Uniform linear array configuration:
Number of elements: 16
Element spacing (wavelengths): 0.5
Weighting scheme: hann
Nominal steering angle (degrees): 60
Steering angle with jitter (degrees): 60.776
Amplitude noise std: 0.05
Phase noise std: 0.05

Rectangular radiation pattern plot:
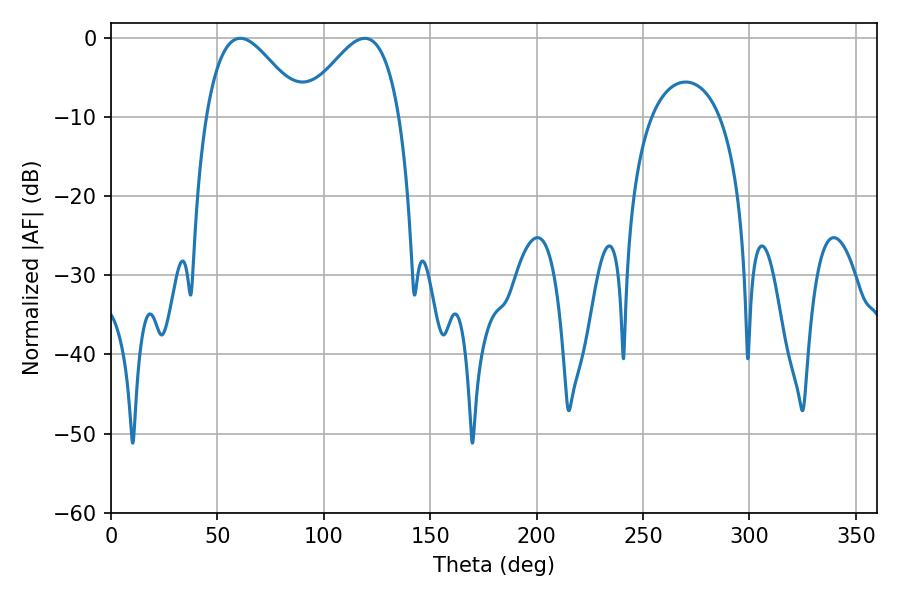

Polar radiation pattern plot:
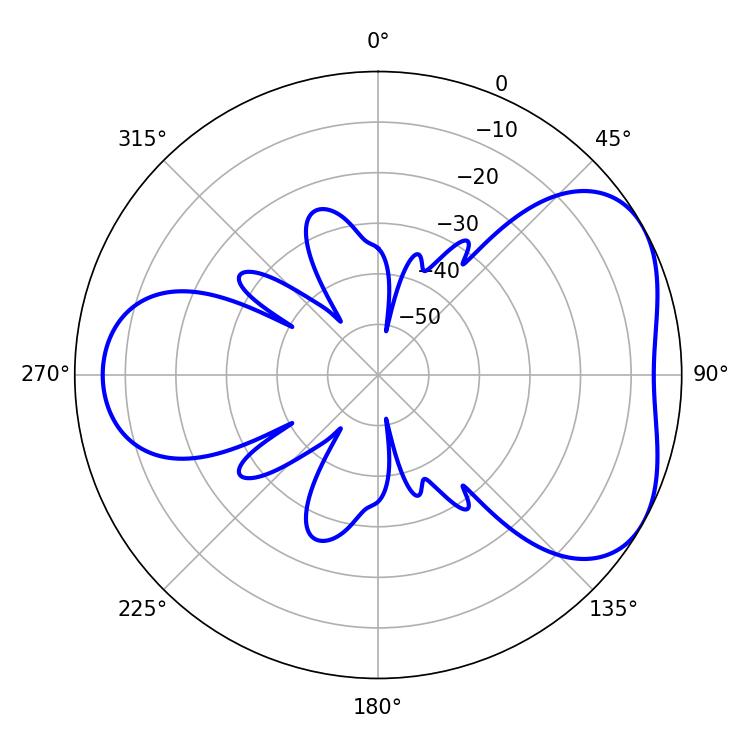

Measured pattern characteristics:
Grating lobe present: FALSE
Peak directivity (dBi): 4.571
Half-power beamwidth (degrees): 24.3
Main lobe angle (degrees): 60.84